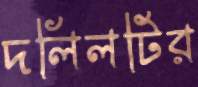
দলিলটির